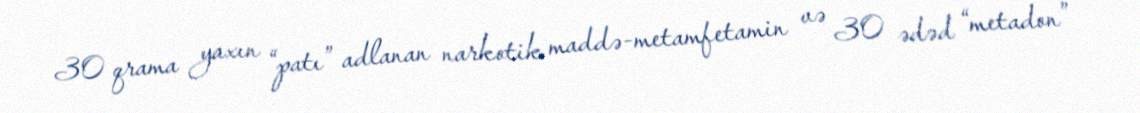
30 qrama yaxın “patı” adlanan narkotik maddə-metamfetamin və 30 ədəd “metadon”